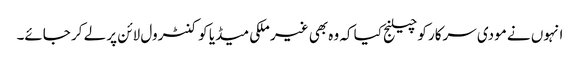
انہوں نے مودی سرکار کو چیلنج کیا کہ وہ بھی غیر ملکی میڈیا کو کنٹرول لائن پر لے کر جائے۔